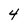
Character: 4